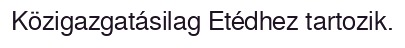
Közigazgatásilag Etédhez tartozik.